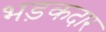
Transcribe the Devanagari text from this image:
भड़कदार